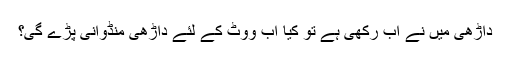
داڑھی مَیں نے اب رکھی ہے تو کیا اب ووٹ کے لئے داڑھی منڈوانی پڑے گی؟